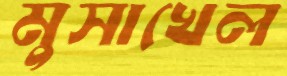
মুসাখেল